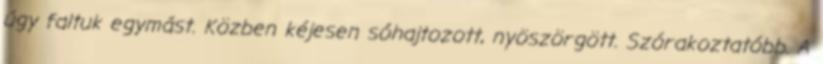
úgy faltuk egymást. Közben kéjesen sóhajtozott, nyöszörgött. Szórakoztatóbb. A